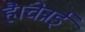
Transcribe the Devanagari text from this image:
है।चेन्नई